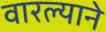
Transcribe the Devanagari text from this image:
वारल्याने